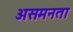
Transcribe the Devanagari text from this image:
असमनता